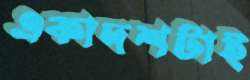
একাদশটাই